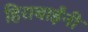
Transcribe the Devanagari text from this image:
हिराबाईंनी